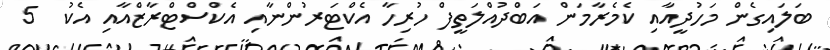
ބަލައިގެން މަހުދީއާއި ކެމެރާމަން އަބްދުއްލަތީފް ހުރިހާ އެކްޓަރުންނާއި އެކްސްޓްރާޒްއާއި އެކު  5